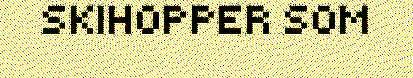
SKIHOPPER SOM